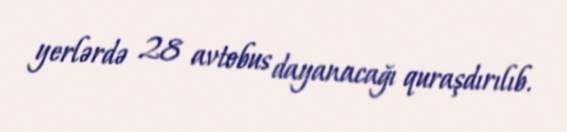
yerlərdə 28 avtobus dayanacağı quraşdırılıb.